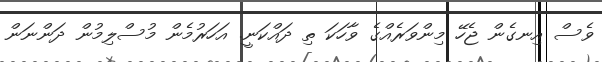
ވެސް އިނގެން ޖެހޭ މިންވަރެއްގެ ވާހަކަ ތި ދައްކަނީ. އަހަރުމެން މުސްލިމުން ދަންނަން